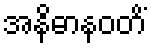
အနိဓာနဝတိံ